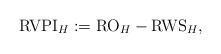
LaTeX: \begin{align*}{\textrm{RVPI}_H} := \textrm{RO}_H - \textrm{RWS}_H,\end{align*}